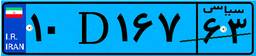
۱۰D۱۶۷۶۳